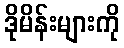
ဒိုမိန်းများကို